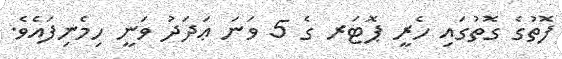
ފޮތުގެ ގޮތުގައި ހެރީ ޕޮޓަރ ގެ 5 ވަނަ ޢަދަދު ވަނީ ހިމެނިފައެވެ.